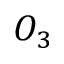
O _ { 3 }